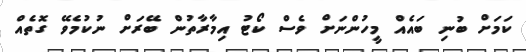
ކަމަށް ބުނި ބައެއް މީހުންނަށް ވެސް ކޯޓު އިމާރާތުން ބޭރަށް ނުކުމެވޭ ގޮތެއް